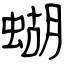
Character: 蝴